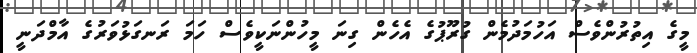
މީގެ އިތުރުންވެސް އަހުމަދުމެން ގުރޫޕުގެ އެހެން ގިނަ މީހުންނަކީވެސް ހަމަ ރަނގަޅުވަރުގެ އާމްދަނީ